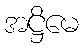
အဋ္ဌိမေ